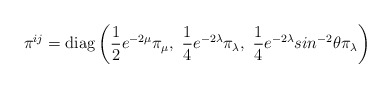
\begin{align*}\pi^{ij} = \mbox{diag}\left( \frac{1}{2} e^{-2\mu}\pi_{\mu},~\frac{1}{4} e^{-2\lambda}\pi_{\lambda},~\frac{1}{4} e^{-2\lambda}sin^{-2}\theta \pi_{\lambda} \right)\end{align*}